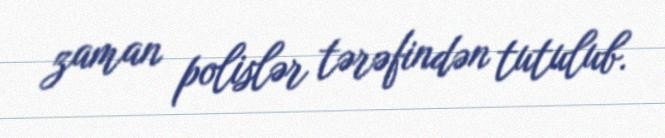
zaman polislər tərəfindən tutulub.